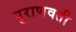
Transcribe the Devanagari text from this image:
पुराणवती